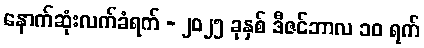
နောက်ဆုံးလက်ခံရက် - ၂၀၂၅ ခုနှစ် ဒီဇင်ဘာလ ၁၀ ရက်